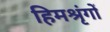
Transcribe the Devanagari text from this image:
हिमश्रृंगों